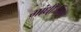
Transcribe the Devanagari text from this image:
गांधी़जींना